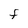
Character: F